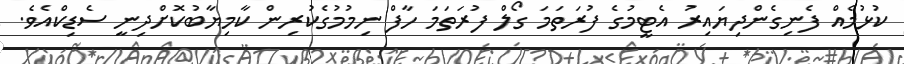
ކުޅުމެއް ފެނިގެންދިޔައިރު އެޓީމުގެ ފުރަތަމަ ގޯލް ފުރަތަމަ ހާފް ނިމުމުގެކުރިން ކާމިޔާބުކޮށްދިނީ ސެޑިކްއެވެ.